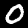
Digit: 0